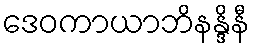
ဒေဝကာယာဘိနန္ဒိနီ